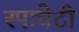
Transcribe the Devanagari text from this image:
स्पाघेटी